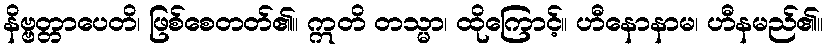
နိဗ္ဗတ္တာပေတိ၊ ဖြစ်စေတတ်၏။ ဣတိ တသ္မာ၊ ထိုကြောင့်။ ဟီနောနာမ၊ ဟီနမည်၏။